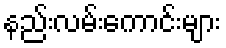
နည်းလမ်းကောင်းများ